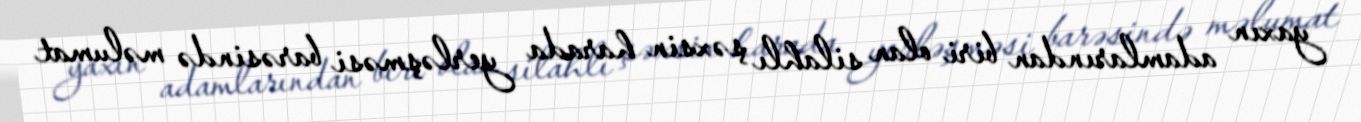
yaxın adamlarından biri olan silahlı şəxsin harada yerləşməsi barəsində məlumat